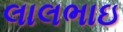
લાલભાઇ